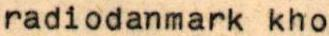
radiodanmark kho